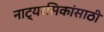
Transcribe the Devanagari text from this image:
नाट्यरसिकांसाठी